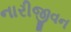
નારીજીવન